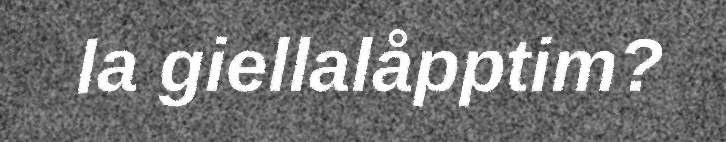
la giellalåpptim?